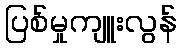
ပြစ်မှုကျူးလွန်